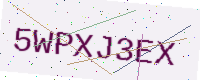
Text: 5WPXJ3EX